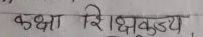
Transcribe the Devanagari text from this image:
कक्षा शिक्षक